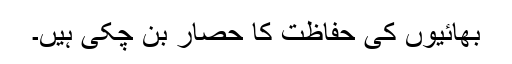
بھائیوں کی حفاظت کا حصار بن چکی ہیں۔